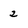
Character: 2